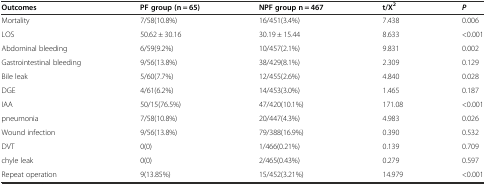
<table><thead><tr><td><b>Outcomes</b></td><td><b>PF group (n = 65)</b></td><td><b>NPF group n = 467</b></td><td><b>t/X<sup>2</sup></b></td><td><b><i>P</i></b></td></tr></thead><tbody><tr><td>Mortality</td><td>7/58(10.8%)</td><td>16/451(3.4%)</td><td>7.438</td><td>0.006</td></tr><tr><td>LOS</td><td>50.62 ± 30.16</td><td>30.19 ± 15.44</td><td>8.633</td><td>&lt;0.001</td></tr><tr><td>Abdominal bleeding</td><td>6/59(9.2%)</td><td>10/457(2.1%)</td><td>9.831</td><td>0.002</td></tr><tr><td>Gastrointestinal bleeding</td><td>9/56(13.8%)</td><td>38/429(8.1%)</td><td>2.309</td><td>0.129</td></tr><tr><td>Bile leak</td><td>5/60(7.7%)</td><td>12/455(2.6%)</td><td>4.840</td><td>0.028</td></tr><tr><td>DGE</td><td>4/61(6.2%)</td><td>14/453(3.0%)</td><td>1.465</td><td>0.187</td></tr><tr><td>IAA</td><td>50/15(76.5%)</td><td>47/420(10.1%)</td><td>171.08</td><td>&lt;0.001</td></tr><tr><td>pneumonia</td><td>7/58(10.8%)</td><td>20/447(4.3%)</td><td>4.983</td><td>0.026</td></tr><tr><td>Wound infection</td><td>9/56(13.8%)</td><td>79/388(16.9%)</td><td>0.390</td><td>0.532</td></tr><tr><td>DVT</td><td>0(0)</td><td>1/466(0.21%)</td><td>0.139</td><td>0.709</td></tr><tr><td>chyle leak</td><td>0(0)</td><td>2/465(0.43%)</td><td>0.279</td><td>0.597</td></tr><tr><td>Repeat operation</td><td>9(13.85%)</td><td>15/452(3.21%)</td><td>14.979</td><td>&lt;0.001</td></tr></tbody></table>